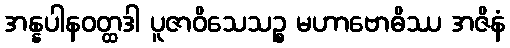
အန္နပါနဝတ္ထဒါ ပူဇာဝိသေသဉ္စ မဟာဗောဓိဿ အဇိနံ